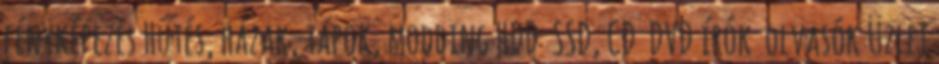
fényképezés Hűtés, házak, tápok, modding HDD SSD, CD DVD írók olvasók Üzlet